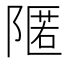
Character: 𮥛